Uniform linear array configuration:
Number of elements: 32
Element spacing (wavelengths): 1
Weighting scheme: exponential
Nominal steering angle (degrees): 15
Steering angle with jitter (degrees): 14.732
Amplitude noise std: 0.05
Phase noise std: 0.05

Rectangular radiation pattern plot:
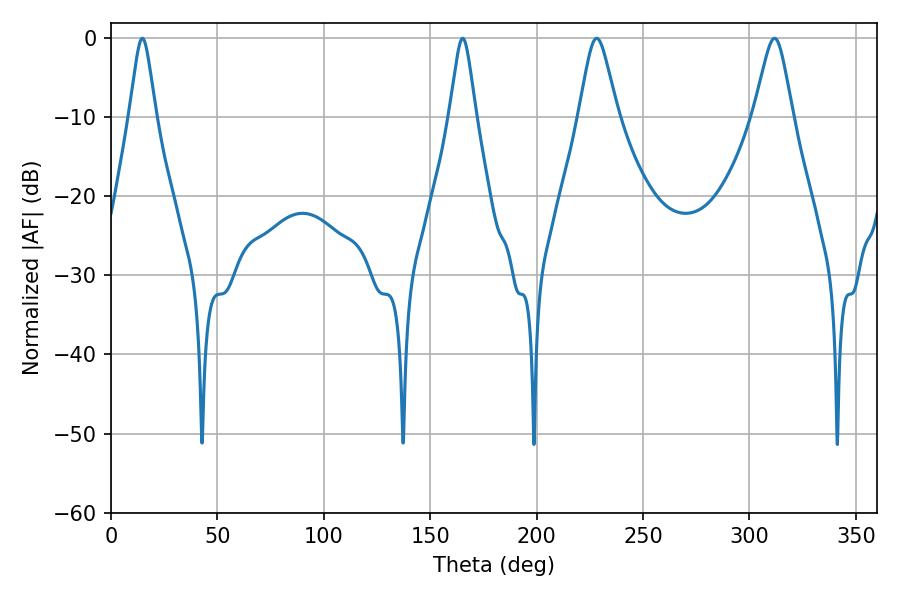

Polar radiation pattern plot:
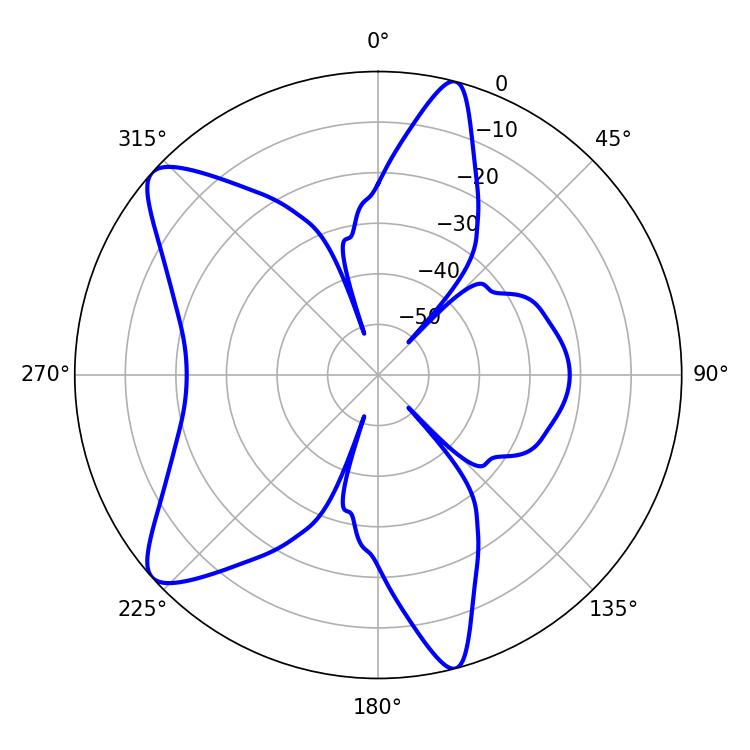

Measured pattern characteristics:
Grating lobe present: TRUE
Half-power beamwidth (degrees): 8.64
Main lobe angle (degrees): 228.24